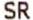
SR